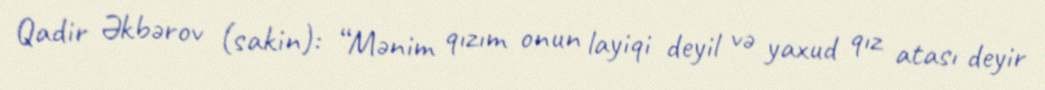
Qadir Əkbərov (sakin): “Mənim qızım onun layiqi deyil və yaxud qız atası deyir